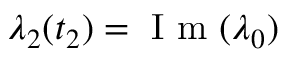
\lambda _ { 2 } ( t _ { 2 } ) = \mathrm { ~ I ~ m ~ } ( \lambda _ { 0 } )